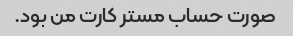
صورت حساب مستر کارت من بود.